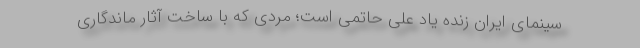
سینمای ایران زنده یاد علی حاتمی است؛ مردی که با ساخت آثار ماندگاری